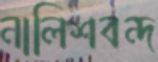
নালিশবন্দ